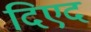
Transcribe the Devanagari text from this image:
दिएद